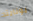
يونايتد